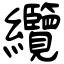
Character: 纜